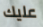
عليك